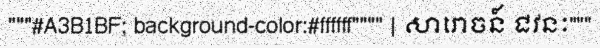
"""#A3B1BF; background-color:#ffffff"""" | សារោចន៍ ជវនៈ"""